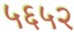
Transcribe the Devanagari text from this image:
५६५२